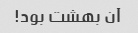
آن بهشت ​​بود!